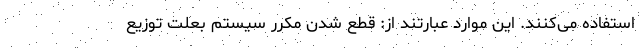
استفاده می‌کنند. این موارد عبارتند از: قطع شدن مکرر سیستم بعلت توزیع